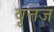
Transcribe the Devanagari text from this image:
वृत्तज